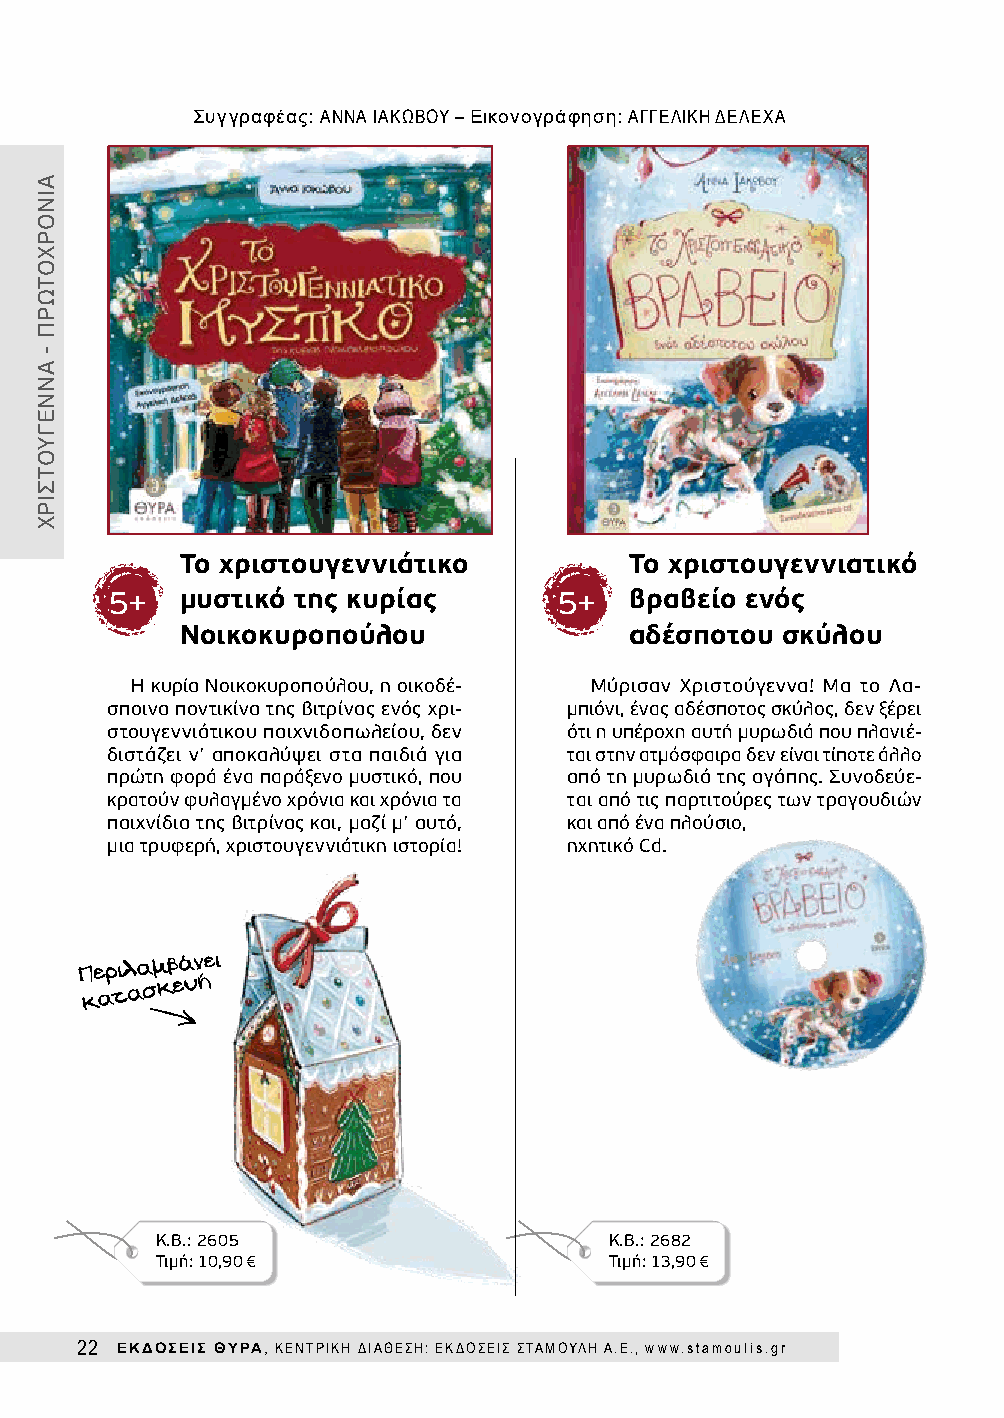
Συγγραφέας: ΑΝΝΑ ΙΑΚΩΒΟΥ – Εικονογράφηση: ΑΓΓΕΛΙΚΗ ΔΕΛΕΧΑ
 Το χριστουγεννιάτικο          Το χριστουγεννιατικό
 5+   μυστικό της κυρίας       5+   βραβείο ενός
 Νοικοκυροπούλου               αδέσποτου σκύλου
 Η κυρία Νοικοκυροπούλου, η οικοδέ- Μύρισαν Χριστούγεννα! Μα το Λα -
 σποινα ποντικίνα της βιτρίνας ενός χρι- μπιόνι, ένας αδέσποτος σκύλος, δεν ξέρει
 στουγεννιάτικου παιχνιδοπωλείου, δεν ότι η υπέροχη αυτή μυρωδιά που πλανιέ-
 διστάζει ν’ αποκαλύψει στα παιδιά για ται στην ατμόσφαιρα δεν είναι τίποτε άλλο
 πρώτη φορά ένα παράξενο μυστικό, που από τη μυρωδιά της αγάπης. Συνοδεύε-
 κρατούν φυλαγμένο χρόνια και χρόνια τα ται από τις παρτιτούρες των τραγουδιών
 παιχνίδια της βιτρίνας και, μαζί μ’ αυτό, και από ένα πλούσιο,
 μια τρυφερή, χριστουγεννιάτικη ιστορία! ηχητικό Cd.
 Κ.Β.: 2605                    Κ.Β.: 2682
 Τιμή: 10,90€                  Τιμή: 13,90€
 22 ΕΚΔΟΣΕΙΣ ΘΥΡΑ, ΚΕΝΤΡΙΚΗ ΔΙΑΘΕΣΗ: ΕΚΔΟΣΕΙΣ ΣΤΑΜΟΥΛΗ Α.Ε., www.stamoulis.gr
 ΑΙΝΟΡΧΟΤΩΡΠ
 -
 ΑΝΝΕΓΎΟΤΣΙΡΧ